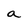
Character: a